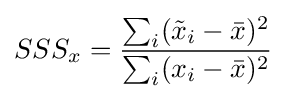
SSS_{x}={\frac {\sum _{i}({\tilde {x}}_{i}-{\bar {x}})^{2}}{\sum _{i}(x_{i}-{\bar {x}})^{2}}}